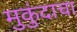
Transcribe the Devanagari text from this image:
मुकुंदाचा